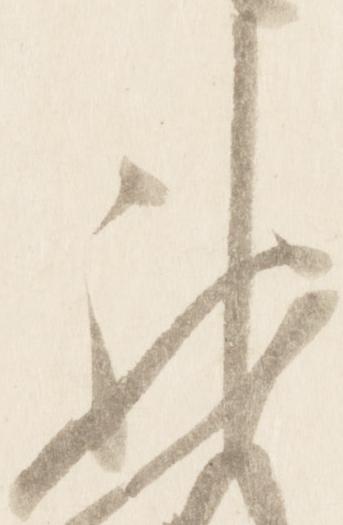
神